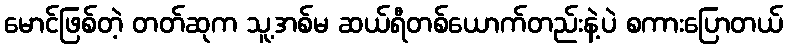
မောင်ဖြစ်တဲ့ တတ်ဆုက သူ့အစ်မ ဆယ်ရီတစ်ယောက်တည်းနဲ့ပဲ စကားပြောတယ်